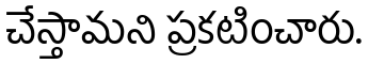
చేస్తామని ప్రకటించారు.